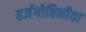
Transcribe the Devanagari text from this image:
हर्जगोविनीया